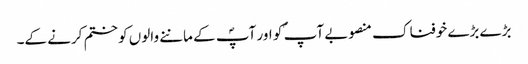
بڑے بڑے خوفناک منصوبے آپ ؐ کو اور آپؐ کے ماننے والوں کو ختم کرنے کے۔